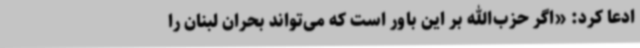
ادعا کرد: «اگر حزب‌الله بر این باور است که می‌تواند بحران لبنان را